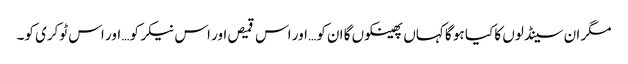
مگر ان سینڈلوں کا کیا ہو گا کہاں پھینکوں گا ان کو… اور اس قمیص اور اس نیکر کو… اور اس ٹوکری کو۔